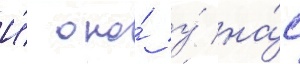
И́ оно́ у́ на́с